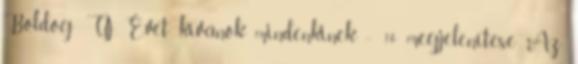
Boldog Új Évet kívánok mindenkinek :- 10 megjelenítése Az